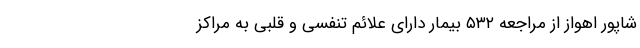
شاپور اهواز از مراجعه ۵۳۲ بیمار دارای علائم تنفسی و قلبی به مراکز